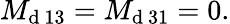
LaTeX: M_{\mathrm{d~13}}=M_{\mathrm{d~31}}=0.